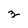
Character: t